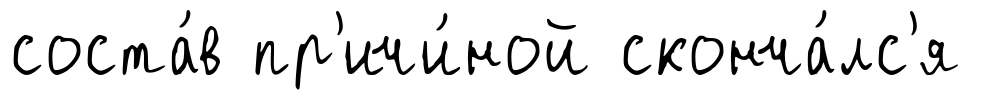
соста́в пр'ичи́ной сконча́лс'я